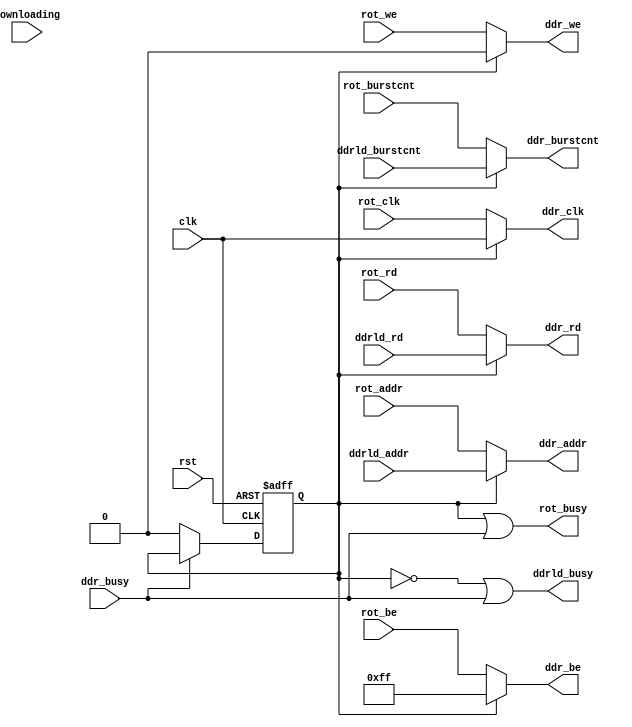
/*  This file is part of JTFRAME.
    JTFRAME program is free software: you can redistribute it and/or modify
    it under the terms of the GNU General Public License as published by
    the Free Software Foundation, either version 3 of the License, or
    (at your option) any later version.

    JTFRAME program is distributed in the hope that it will be useful,
    but WITHOUT ANY WARRANTY; without even the implied warranty of
    MERCHANTABILITY or FITNESS FOR A PARTICULAR PURPOSE.  See the
    GNU General Public License for more details.

    You should have received a copy of the GNU General Public License
    along with JTFRAME.  If not, see <http://www.gnu.org/licenses/>.

    Author: Jose Tejada Gomez. Twitter: @topapate
    Version: 1.0
    Date: 28-2-2021 */

module jtframe_mr_ddrmux(
    input          rst,
    input          clk,
    input          downloading,
    // Fast DDR load
    input   [ 7:0] ddrld_burstcnt,
    input   [28:0] ddrld_addr,
    input          ddrld_rd,
    output         ddrld_busy,
    // Rotation signals
    input          rot_clk,
    input   [ 7:0] rot_burstcnt,
    input   [28:0] rot_addr,
    input          rot_rd,
    input          rot_we,
    input   [ 7:0] rot_be,
    output         rot_busy,
    // DDR Signals
    output         ddr_clk,
    input          ddr_busy,
    output  [ 7:0] ddr_burstcnt,
    output  [28:0] ddr_addr,
    output         ddr_rd,
    output  [ 7:0] ddr_be,
    output         ddr_we
);

`ifdef JTFRAME_MR_DDRLOAD
    localparam DDRLOAD=1;
`else
    localparam DDRLOAD=0;
`endif

`ifdef JTFRAME_VERTICAL
    localparam VERTICAL=1;
`else
    localparam VERTICAL=0;
`endif

localparam DDREN = DDRLOAD[0] || VERTICAL[0];

reg ddrld_en;

always @(posedge clk, posedge rst) begin
    if( rst ) begin
        ddrld_en <= 0;
    end else if(!ddr_busy) begin
        case( {DDRLOAD[0], VERTICAL[0]} )
            2'b00: ddrld_en <= 0; // don't care
            2'b10: ddrld_en <= 1;
            2'b01: ddrld_en <= 0;
            2'b11: ddrld_en <= downloading;
        endcase
    end
end

assign ddr_clk = ddrld_en ? clk : rot_clk;

// This simple mux allows for bad data transfers when switching from ROM download
// to the frame buffer, but it shouldn't be a problem

assign ddr_burstcnt = ddrld_en ? ddrld_burstcnt : rot_burstcnt;
assign ddr_addr     = ddrld_en ? ddrld_addr     : rot_addr;
assign ddr_rd       = ddrld_en ? ddrld_rd       : rot_rd;
assign ddr_be       = ddrld_en ? 8'hff          : rot_be;
assign ddr_we       = ddrld_en ? 1'b0           : rot_we;

assign ddrld_busy   = ~ddrld_en | ddr_busy;
assign rot_busy     =  ddrld_en | ddr_busy;

endmodule